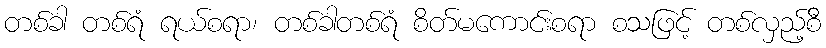
တစ်ခါ တစ်ရံ ရယ်စရာ၊ တစ်ခါတစ်ရံ စိတ်မကောင်းစရာ စသဖြင့် တစ်လှည့်စီ